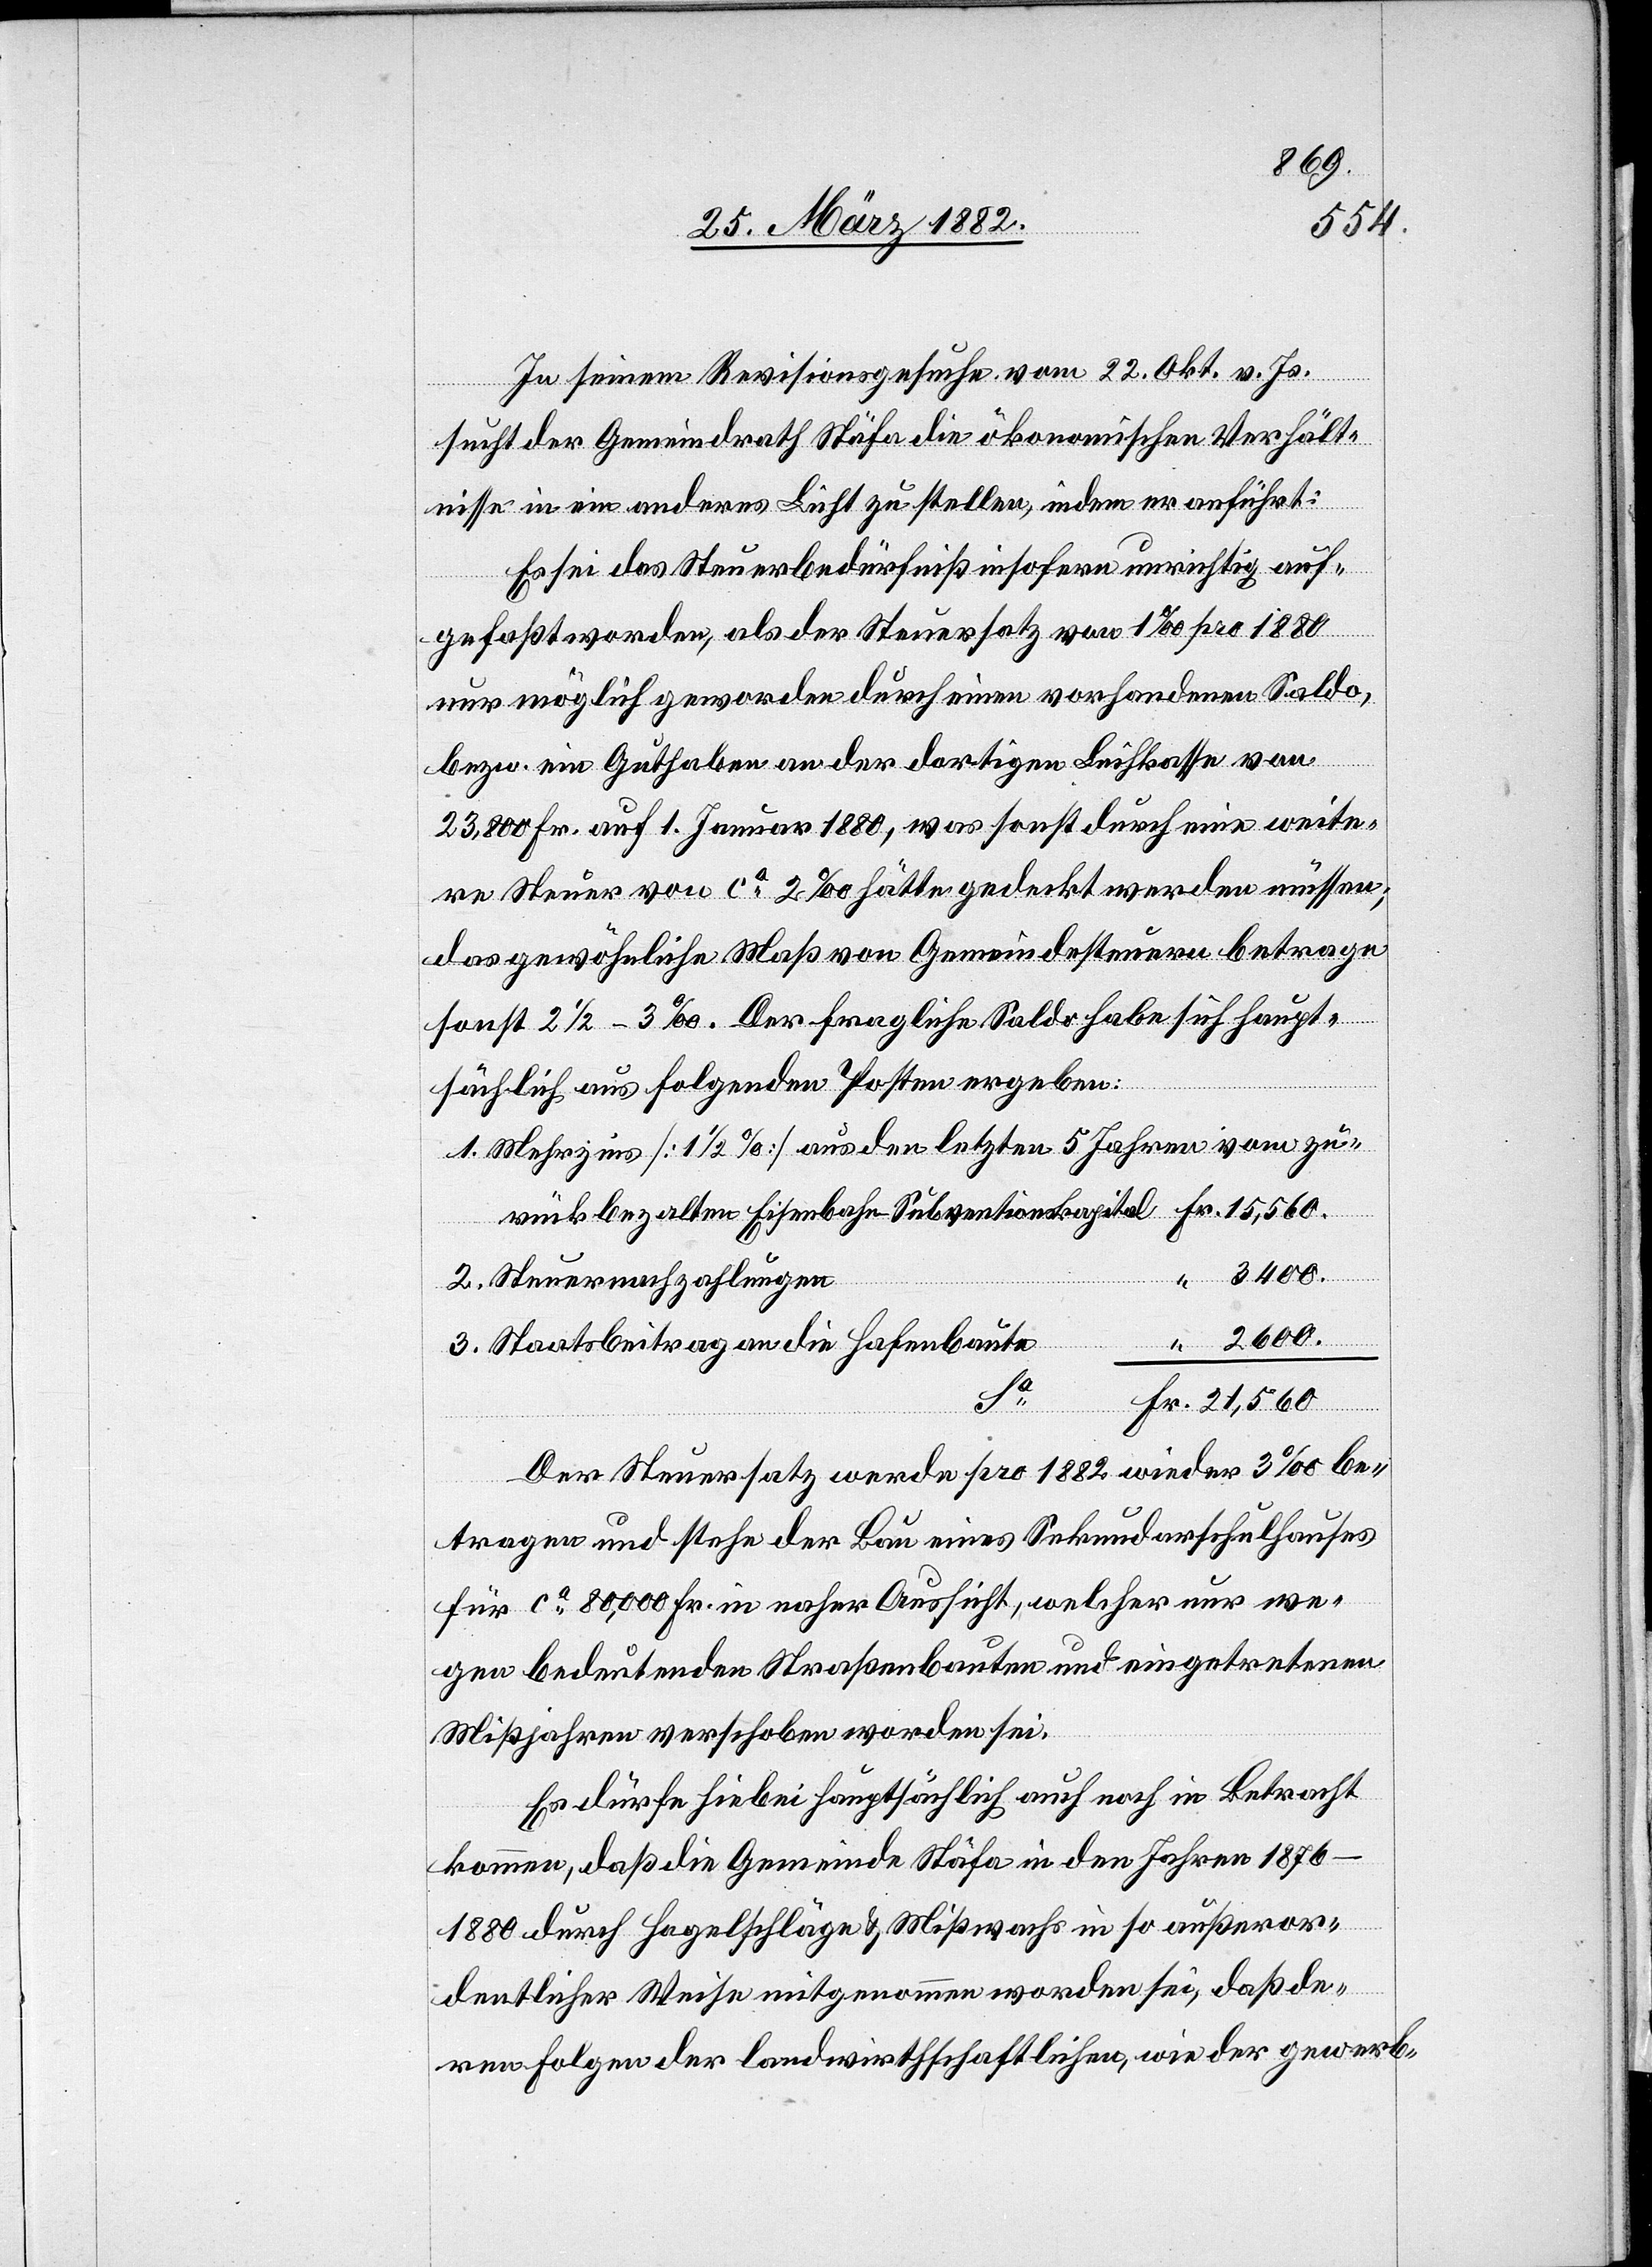
In seinem Revisionsgesuche vom 22. Okt. v. Js.
sucht der Gemeindrath Stäfa die ökonomischen Verhält¬
nisse in ein anderes Licht zu stellen, indem er anführt:
Es sei das Steuerbedürfniß insofern unrichtig auf¬
gefaßt worden, als der Steuersatz von 1‰ pro 1880
nur möglich geworden durch einen vorhandenen Saldo,
bezw. ein Guthaben an der dortigen Leihkasse von
23,800 Fr. auf 1. Januar 1880, was sonst durch eine weite¬
re Steuer von ca 2‰ hätte gedeckt werden müssen;
das gewöhnliche Maß von Gemeindesteuern betrage
sonst 2 1/2–3‰. Der fragliche Saldo habe sich haupt¬
sächlich aus folgenden Posten ergeben:
Mehrzins [1 1/2%] aus den letzten 5 Jahren vom zu¬
3400.
rückbezahlten
Steuernachzahlungen
Staatsbeitrag an die Hafenbaute
Fr.
Der Steuersatz werde pro 1882 wieder 3‰ be¬
tragen und stehe der Bau eines Sekundarschulhauses
für ca 80,000 Fr. in naher Aussicht, welcher nur we¬
gen bedeutenden Straßenbauten und eingetretenen
Mißjahren verschoben worden sei.
Es dürfe hiebei hauptsächlich auch noch in Betracht
kommen, daß die Gemeinde Stäfa in den Jahren 1876–1880
durch Hagelschläge & Mißwachs in so außeror¬
dentlicher Weise mitgenommen worden sei, daß de¬
ren Folgen der landwirtschaftlichen, wie der gewerb-